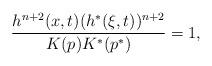
LaTeX: \begin{align*}\frac{h^{n+2}(x,t)(h^*(\xi,t))^{n+2}}{K(p)K^*(p^*)}=1,\end{align*}